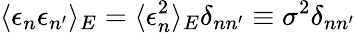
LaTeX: \langle\epsilon_{n}\epsilon_{n^{\prime}}\rangle_{E}=\langle\epsilon_{n}^{2}\rangle_{E}\delta_{nn^{\prime}}\equiv\sigma^{2}\delta_{nn^{\prime}}